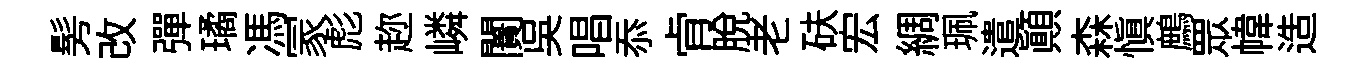
髣改彈璚馮冡彪趂嶙闠吴唱忝肻脱老砆宏綢珮遣顚森慎鷓眾幃造